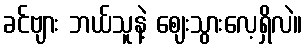
ခင်ဗျား ဘယ်သူနဲ့ ဈေးသွားလေ့ရှိလဲ။